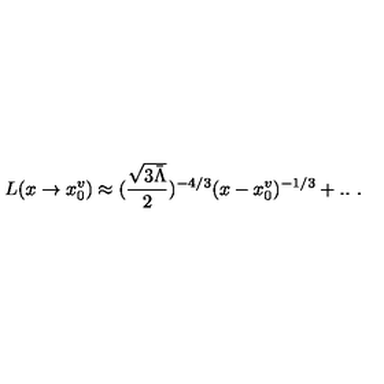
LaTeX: L ( x \rightarrow x _ { 0 } ^ { v } ) \approx ( \frac { \sqrt { 3 \bar { \Lambda } } } { 2 } ) ^ { - 4 / 3 } ( x - x _ { 0 } ^ { v } ) ^ { - 1 / 3 } + . . \ .